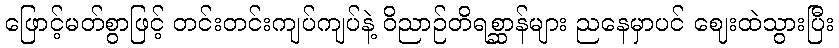
ဖြောင့်မတ်စွာဖြင့် တင်းတင်းကျပ်ကျပ်နဲ့ ဝိညာဉ်တိရစ္ဆာန်များ ညနေမှာပင် ဈေးထဲသွားပြီး